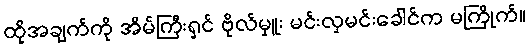
ထိုအချက်ကို အိမ်ကြီးရှင် ဗိုလ်မှူး မင်းလှမင်းခေါင်က မကြိုက်။